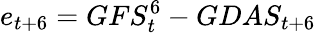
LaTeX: e_{t+6}=GFS_{t}^{6}-GDAS_{t+6}